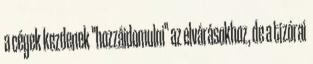
a cégek kezdenek "hozzáidomulni" az elvárásokhoz, de a tízórai